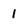
Character: 1